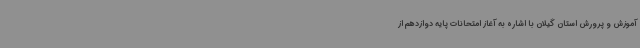
آموزش و پرورش استان گیلان با اشاره به آغاز امتحانات پایه دوازدهم از